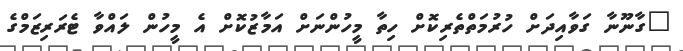
"ގާނޫނާ ގަވާއިދަށް ހުރުމަތްތެރިކޮށް ހިތާ މީހުންނަށް އަމާޒުކޮށް އެ މީހުން ލައްވާ ޓެރަރިޒަމްގެ